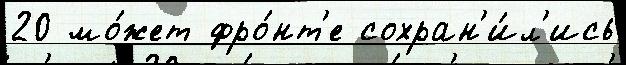
20 мо́жет фро́нт'е сохран'и́л'ись